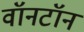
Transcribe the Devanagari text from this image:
वॉनटॉन